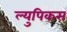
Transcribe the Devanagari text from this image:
ल्युपिकस